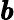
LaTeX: \pmb{b}